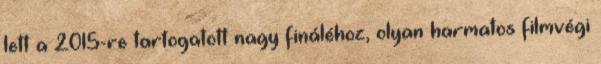
lett a 2015-re tartogatott nagy fináléhoz, olyan harmatos filmvégi